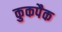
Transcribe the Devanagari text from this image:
कुकपैक